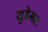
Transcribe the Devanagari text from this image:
युडेमस